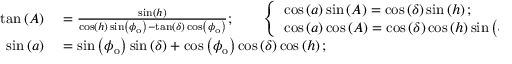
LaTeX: \begin{array} { r l } { \tan \left( A \right) } & { { } = { \frac { \sin \left( h \right) } { \cos \left( h \right) \sin \left( \phi _ { \mathrm { o } } \right) - \tan \left( \delta \right) \cos \left( \phi _ { \mathrm { o } } \right) } } ; \qquad { \left\{ \begin{array} { l l } { \cos \left( a \right) \sin \left( A \right) = \cos \left( \delta \right) \sin \left( h \right) ; } \\ { \cos \left( a \right) \cos \left( A \right) = \cos \left( \delta \right) \cos \left( h \right) \sin \left( \phi _ { \mathrm { o } } \right) - \sin \left( \delta \right) \cos \left( \phi _ { \mathrm { o } } \right) } \end{array} \right. } } \\ { \sin \left( a \right) } & { { } = \sin \left( \phi _ { \mathrm { o } } \right) \sin \left( \delta \right) + \cos \left( \phi _ { \mathrm { o } } \right) \cos \left( \delta \right) \cos \left( h \right) ; } \end{array}